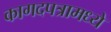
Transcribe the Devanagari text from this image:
कागदपत्रामध्ये